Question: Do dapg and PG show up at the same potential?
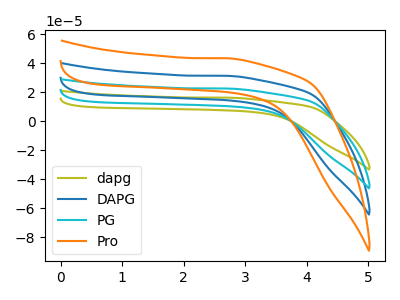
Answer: <think>The olive curve "dapg" has no peaks. The blue curve "DAPG" has no peaks. The cyan curve "PG" has no peaks. The orange curve "Pro" has no peaks.
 Neither "dapg" or "PG" have any peaks.</think>
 <answer>"dapg" and "PG" are similar in shape.</answer>
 <eval>same_shape</eval>